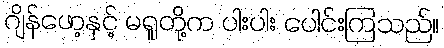
ဂျိန်ဖော့နှင့် မရူတို့က ပါးပါး ပေါင်းကြသည်။